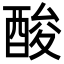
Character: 酸